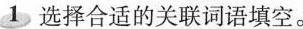
1选择合适的关联词语填空。